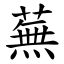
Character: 蕪